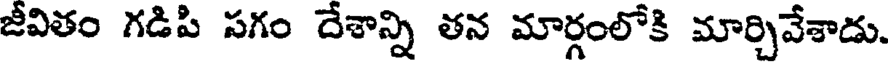
జీవితం గడిపి సగం దేశాన్ని తన మార్గంలోకి మార్చివేశాడు.